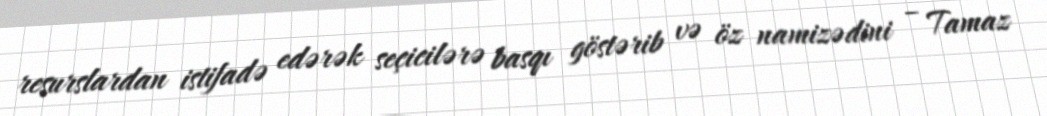
resurslardan istifadə edərək seçicilərə basqı göstərib və öz namizədini – Tamaz